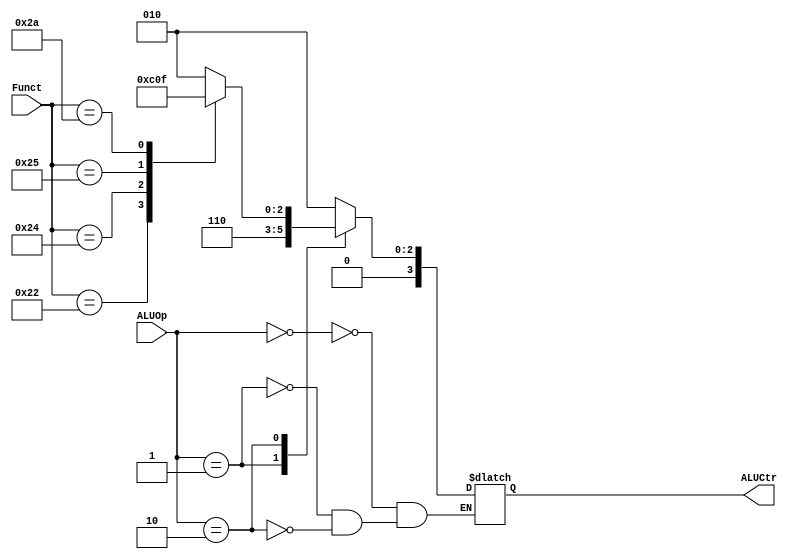
module ALUControl(
    input [1:0]ALUOp,
    input [5:0] Funct,
    output reg [3:0]ALUCtr
    );
    always@ (*) begin
        case(ALUOp) 
            2'b00: ALUCtr = 4'b0010;
            2'b01: ALUCtr = 4'b0110;
            2'b10: begin
                case(Funct)
                    6'b100000: ALUCtr = 4'b0010;
                    6'b100010: ALUCtr = 4'b0110;
                    6'b100100: ALUCtr = 4'b0000;
                    6'b100101: ALUCtr = 4'b0001;
                    6'b101010: ALUCtr = 4'b0111;
                    default: ALUCtr = 4'b0010;
                endcase
            end
        endcase
    end
endmodule